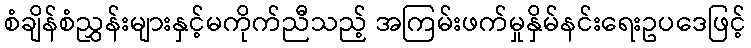
စံချိန်စံညွှန်းများနှင့်မကိုက်ညီသည့် အကြမ်းဖက်မှုနှိမ်နင်းရေးဥပဒေဖြင့်